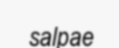
salpae